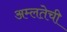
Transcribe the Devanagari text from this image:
अम्लतेची